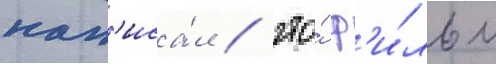
нап'иса́л / что́ ф'и́льм